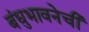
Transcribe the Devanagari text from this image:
बंधुभावनेची